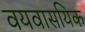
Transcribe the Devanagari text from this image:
वयवासयिक